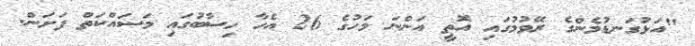
"އަޅުގަނޑުމެންގެ ރޭވުމުގައި އޮތީ އަންނަ މަހުގެ 26 އެހާ ހިސާބުގައި މަސައްކަތް ފަށަން.